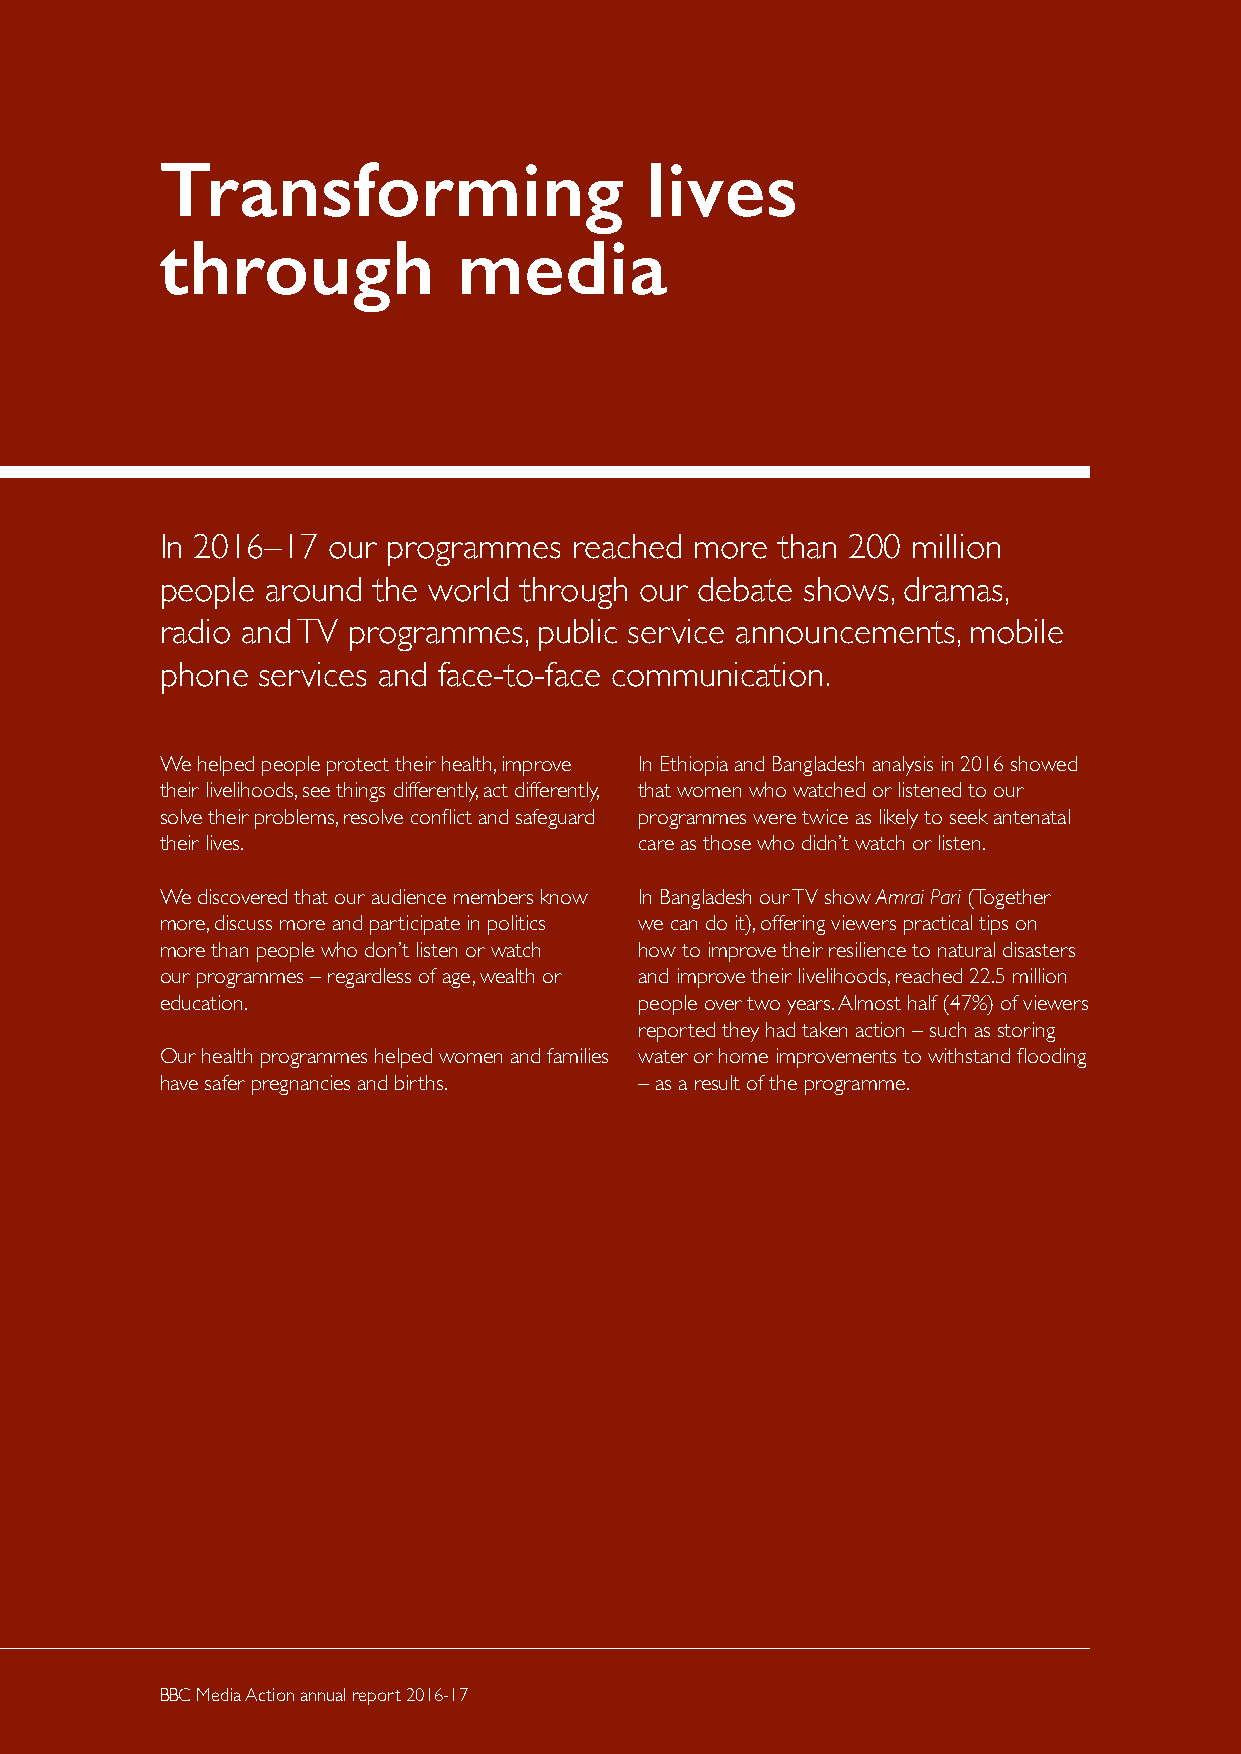
Transforming                    lives
 through            media
 In 2016–17 our programmes  reached more  than 200 million
 people around the world through our debate shows, dramas,
 radio and TV programmes, public service announcements, mobile
 phone services and face-to-face communication.
 We helped people protect their health, improve In Ethiopia and Bangladesh analysis in 2016 showed
 their livelihoods, see things differently, act differently, that women who watched or listened to our
 solve their problems, resolve conflict and safeguard programmes were twice as likely to seek antenatal
 their lives.                   care as those who didn’t watch or listen.
 We discovered that our audience members know In Bangladesh our TV show Amrai Pari (Together
 more, discuss more and participate in politics we can do it), offering viewers practical tips on
 more than people who don’t listen or watch how to improve their resilience to natural disasters
 our programmes – regardless of age, wealth or and improve their livelihoods, reached 22.5 million
 education.                     people over two years. Almost half (47%) of viewers
 reported they had taken action – such as storing
 Our health programmes helped women and families water or home improvements to withstand flooding
 have safer pregnancies and births. – as a result of the programme.
 2     BBBBCC MMeeddiiaa AAccttiioonn aannnnuuaall rreeppoorrtt 22001166–-1177